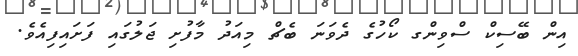
އިން ބޭސިކް ސްވިންގ ކޯހުގެ ދެވަނަ ބެޗް މިއަދު މާފުށި ޖަލުގައި ފަށައިފިއެވެ.